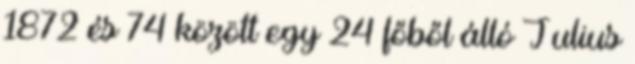
1872 és 74 között egy 24 főből álló Julius